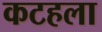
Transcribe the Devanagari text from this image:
कटहला